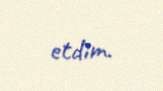
etdim.